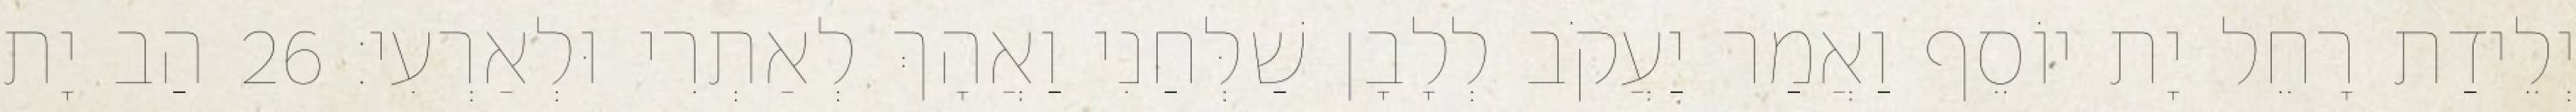
יְלֵידַת רָחֵל יָת יוֹסֵף וַאֲמַר יַעֲקֹב לְלָבָן שַׁלְּחַנִי וַאֲהָךְ לְאַתְרִי וּלְאַרְעִי׃ 26 הַב יָת